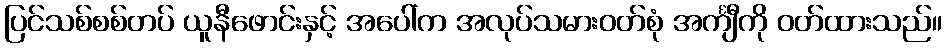
ပြင်သစ်စစ်တပ် ယူနီဖောင်းနှင့် အပေါ်က အလုပ်သမားဝတ်စုံ အင်္ကျီကို ဝတ်ထားသည်။